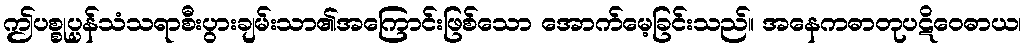
ဤပစ္စုပ္ပန်သံသရာစီးပွားချမ်းသာ၏အကြောင်းဖြစ်သော အောက်မေ့ခြင်းသည်။ အနေကဓာတုပဋိဝေဓာယ၊